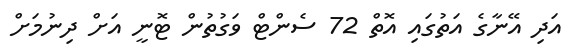
އަދި އޭނާގެ އަތުގައި އޮތް 72 ސެންޓް ވަގުތުން ޓޮނީ އަށް ދިނުމަށް